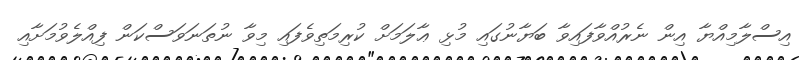
އިސްލާމިއްޔާ އިން ނެރުއްވާފައިވާ ބަޔާނުގައި މުޅި ޢާލަމަށް ކުރިމަތިވެފައި މިވާ ނުތަނަވަސްކަން ފިއްލެވުމަށާއި